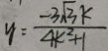
y = \frac { - 3 \sqrt { 3 } k } { 4 k ^ { 2 } + 1 }